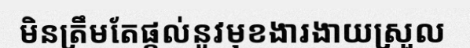
មិនត្រឹមតែផ្តល់នូវមុខងារងាយស្រួល